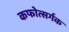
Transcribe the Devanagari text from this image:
कफोत्सर्गक